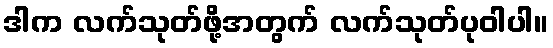
ဒါက လက်သုတ်ဖို့အတွက် လက်သုတ်ပုဝါပါ။